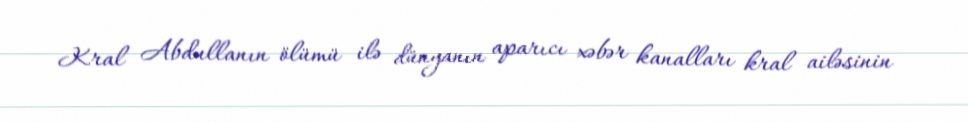
Kral Abdullanın ölümü ilə dünyanın aparıcı xəbər kanalları kral ailəsinin